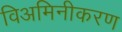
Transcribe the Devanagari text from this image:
विअमिनीकरण